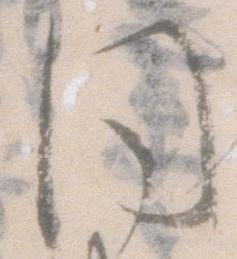
同